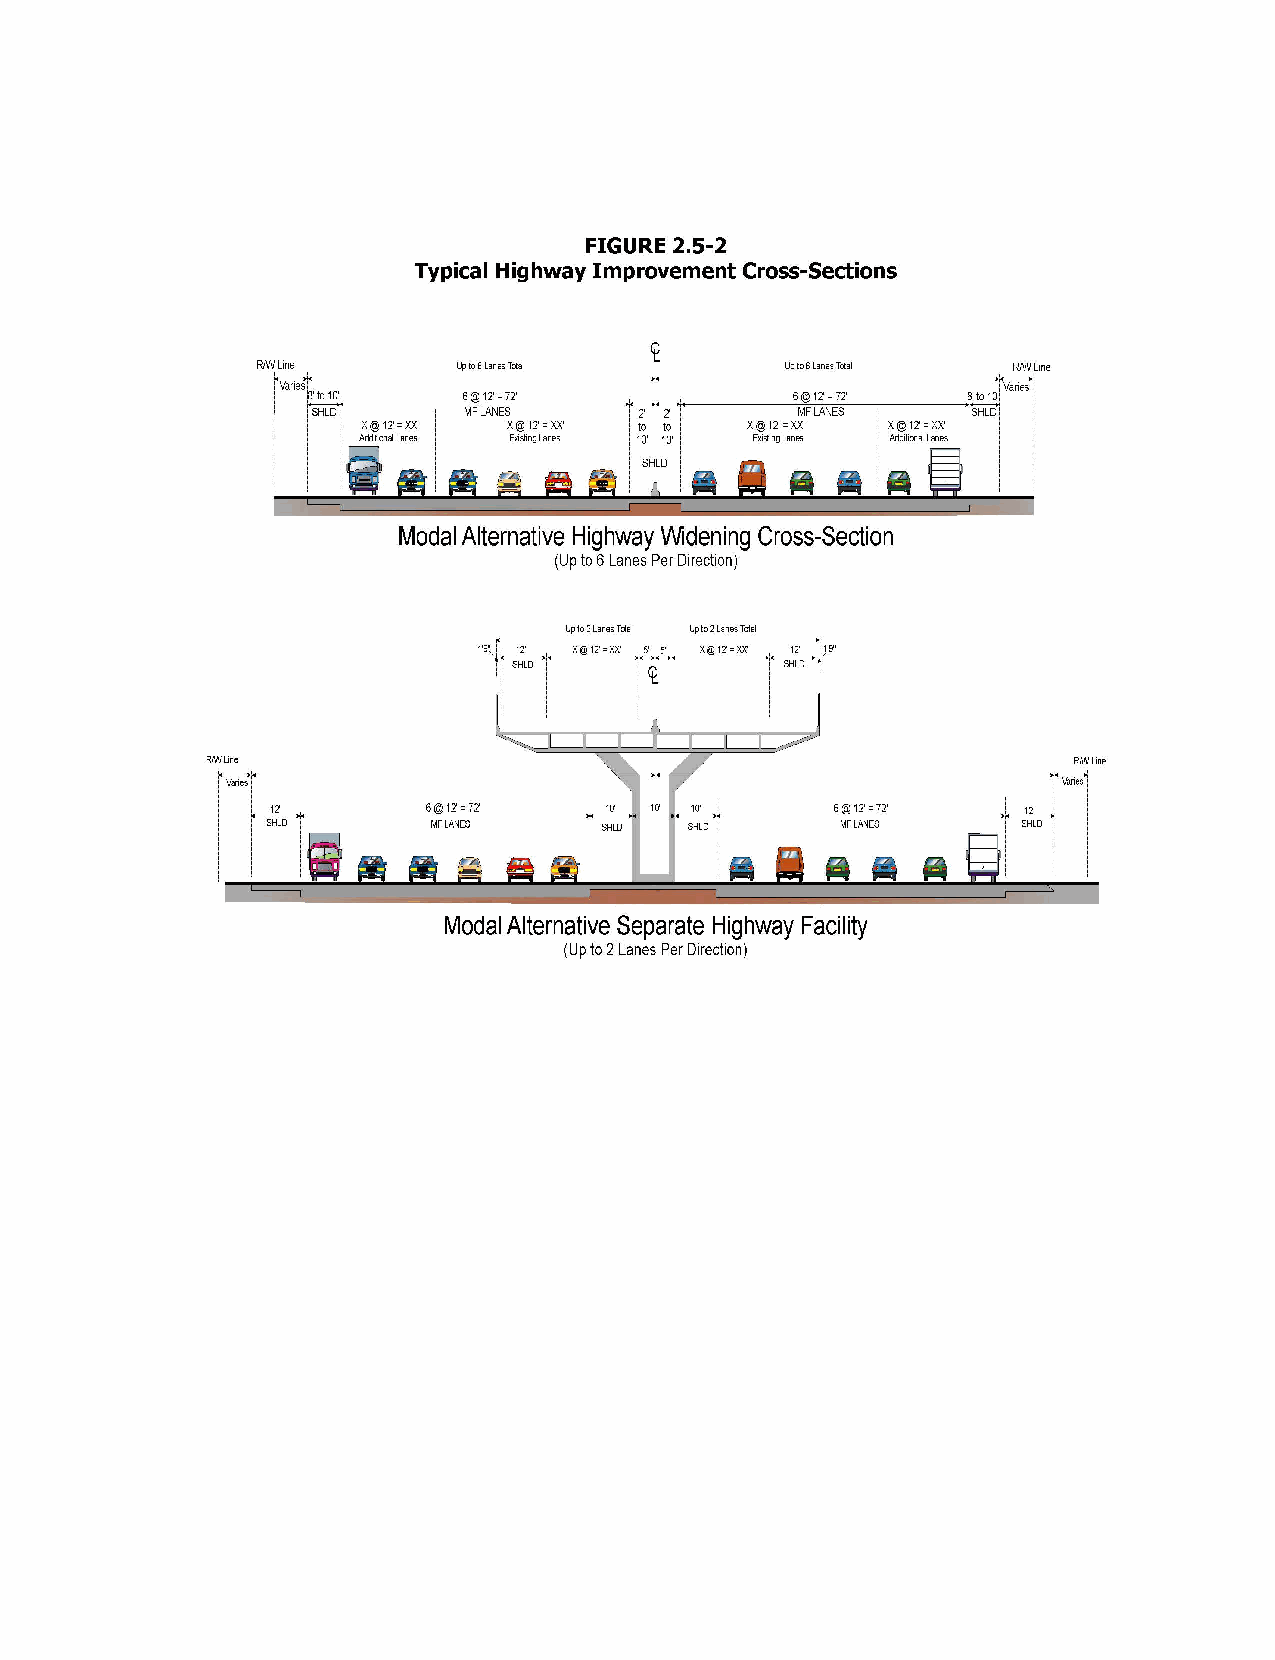
FIGURE 2.5-2
 Typical Highway Improvement Cross-Sections
 RfWLine      Upto6 Lanes Total     Upto6LanesTotal R/Wllne
 :Vanes:<-:---------------~~----------------::Variesi
 '8'to10'     6@12'o72'             6@1Zo72' ------->SHL8'tDoiOi':
 ~ SHLD ~   MF LANES    .....c ,.,:.~-----';';MF~L!IN'::=E~S
 X@12'oXX' to to: X@12'oXX' X@IZoXX'
 Existing lanes 10' 10' ~ Existing lanes Additiooal Lanes
 Modal Alternative Highway Widening Cross-Section
 (Up to 6 Lanes Per Direction)
 Upto2LanesTctal Upto2LanesTotal
 1'~: ,~.
 ~
 S1 H2 L'
 D )-i.e
 X@12'=XX' +5 '
 .....c
 5'
 lo-<1
 X@12'=XX'
 ~~..:
 SH1 L2'
 D
 ~>-f: "1 '9"
 Modal Alternative Separate Highway Facility
 (Up to 2 Lanes Per Direction)